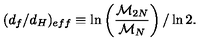
( d _ { f } / d _ { H } ) _ { e f f } \equiv \ln \left( { \frac { { \cal { M } } _ { 2 N } } { { \cal { M } } _ { N } } } \right) / \ln 2 .